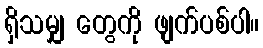
ရှိသမျှ တွေကို ဖျက်ပစ်ပါ။